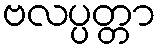
ဗလပ္ပတ္တာ